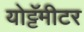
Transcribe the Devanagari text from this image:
योट्टॅमीटर